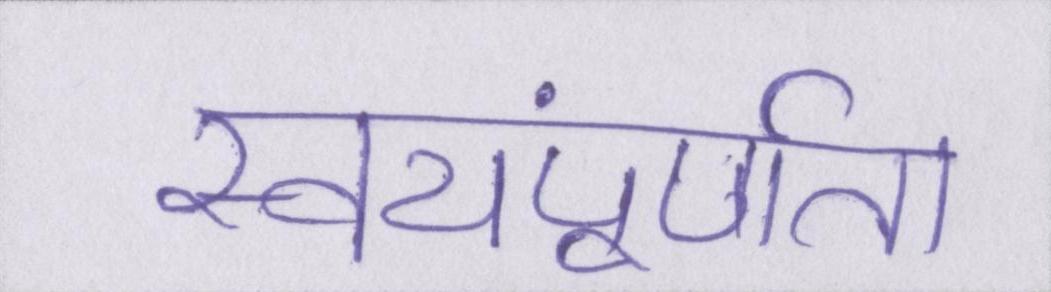
स्वयंपूर्णता